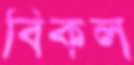
বিকল